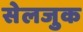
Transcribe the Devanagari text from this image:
सेलजुक